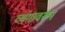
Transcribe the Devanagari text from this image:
व्यंगावरून